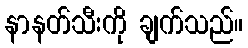
နာနတ်သီးကို ချက်သည်။